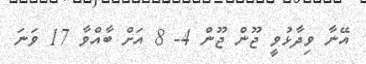
އޭނާ ވިދާޅުވީ ޖޫން ޖޫން 4- 8 އަށް ބާއްވާ 17 ވަނަ